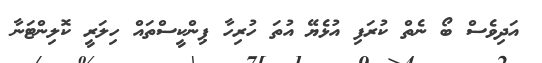
އަދިވެސް ބޯ ނެތް ކުރަފި އުޅެޔޭ އުތަ ހުރިހާ ޕިންކީސްތައް ހިލަރީ ކޮލިންޓަނާ